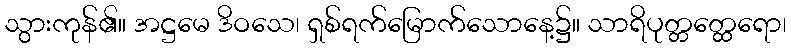
သွားကုန်၏။ အဋ္ဌမေ ဒိဝသေ၊ ရှစ်ရက်မြောက်သောနေ့၌။ သာရိပုတ္တတ္ထေရော၊